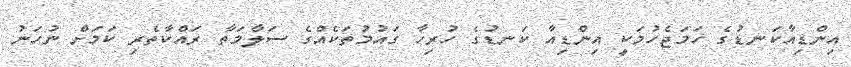
އިންޑިއާކަނޑުގެ ހަމަޖެހުމަކީ އިންޑިއާ ކަނޑުގެ ހުރިހާ ގައުމުތަކެއްގެ ސަލާމަތާ ރައްކާތެރި ކަމަށް ނުހަނު